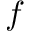
f